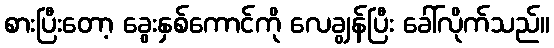
စားပြီးတော့ ခွေးနှစ်ကောင်ကို လေချွန်ပြီး ခေါ်လိုက်သည်။